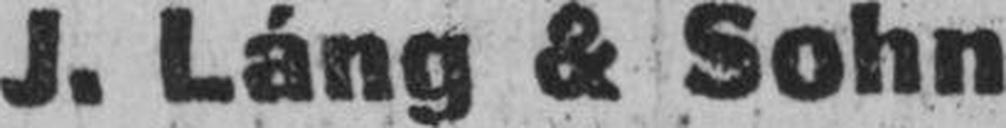
J. Láng & Sohn